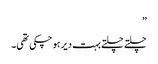
”
چلتے چلتے بہت دیر ہو چکی تھی۔